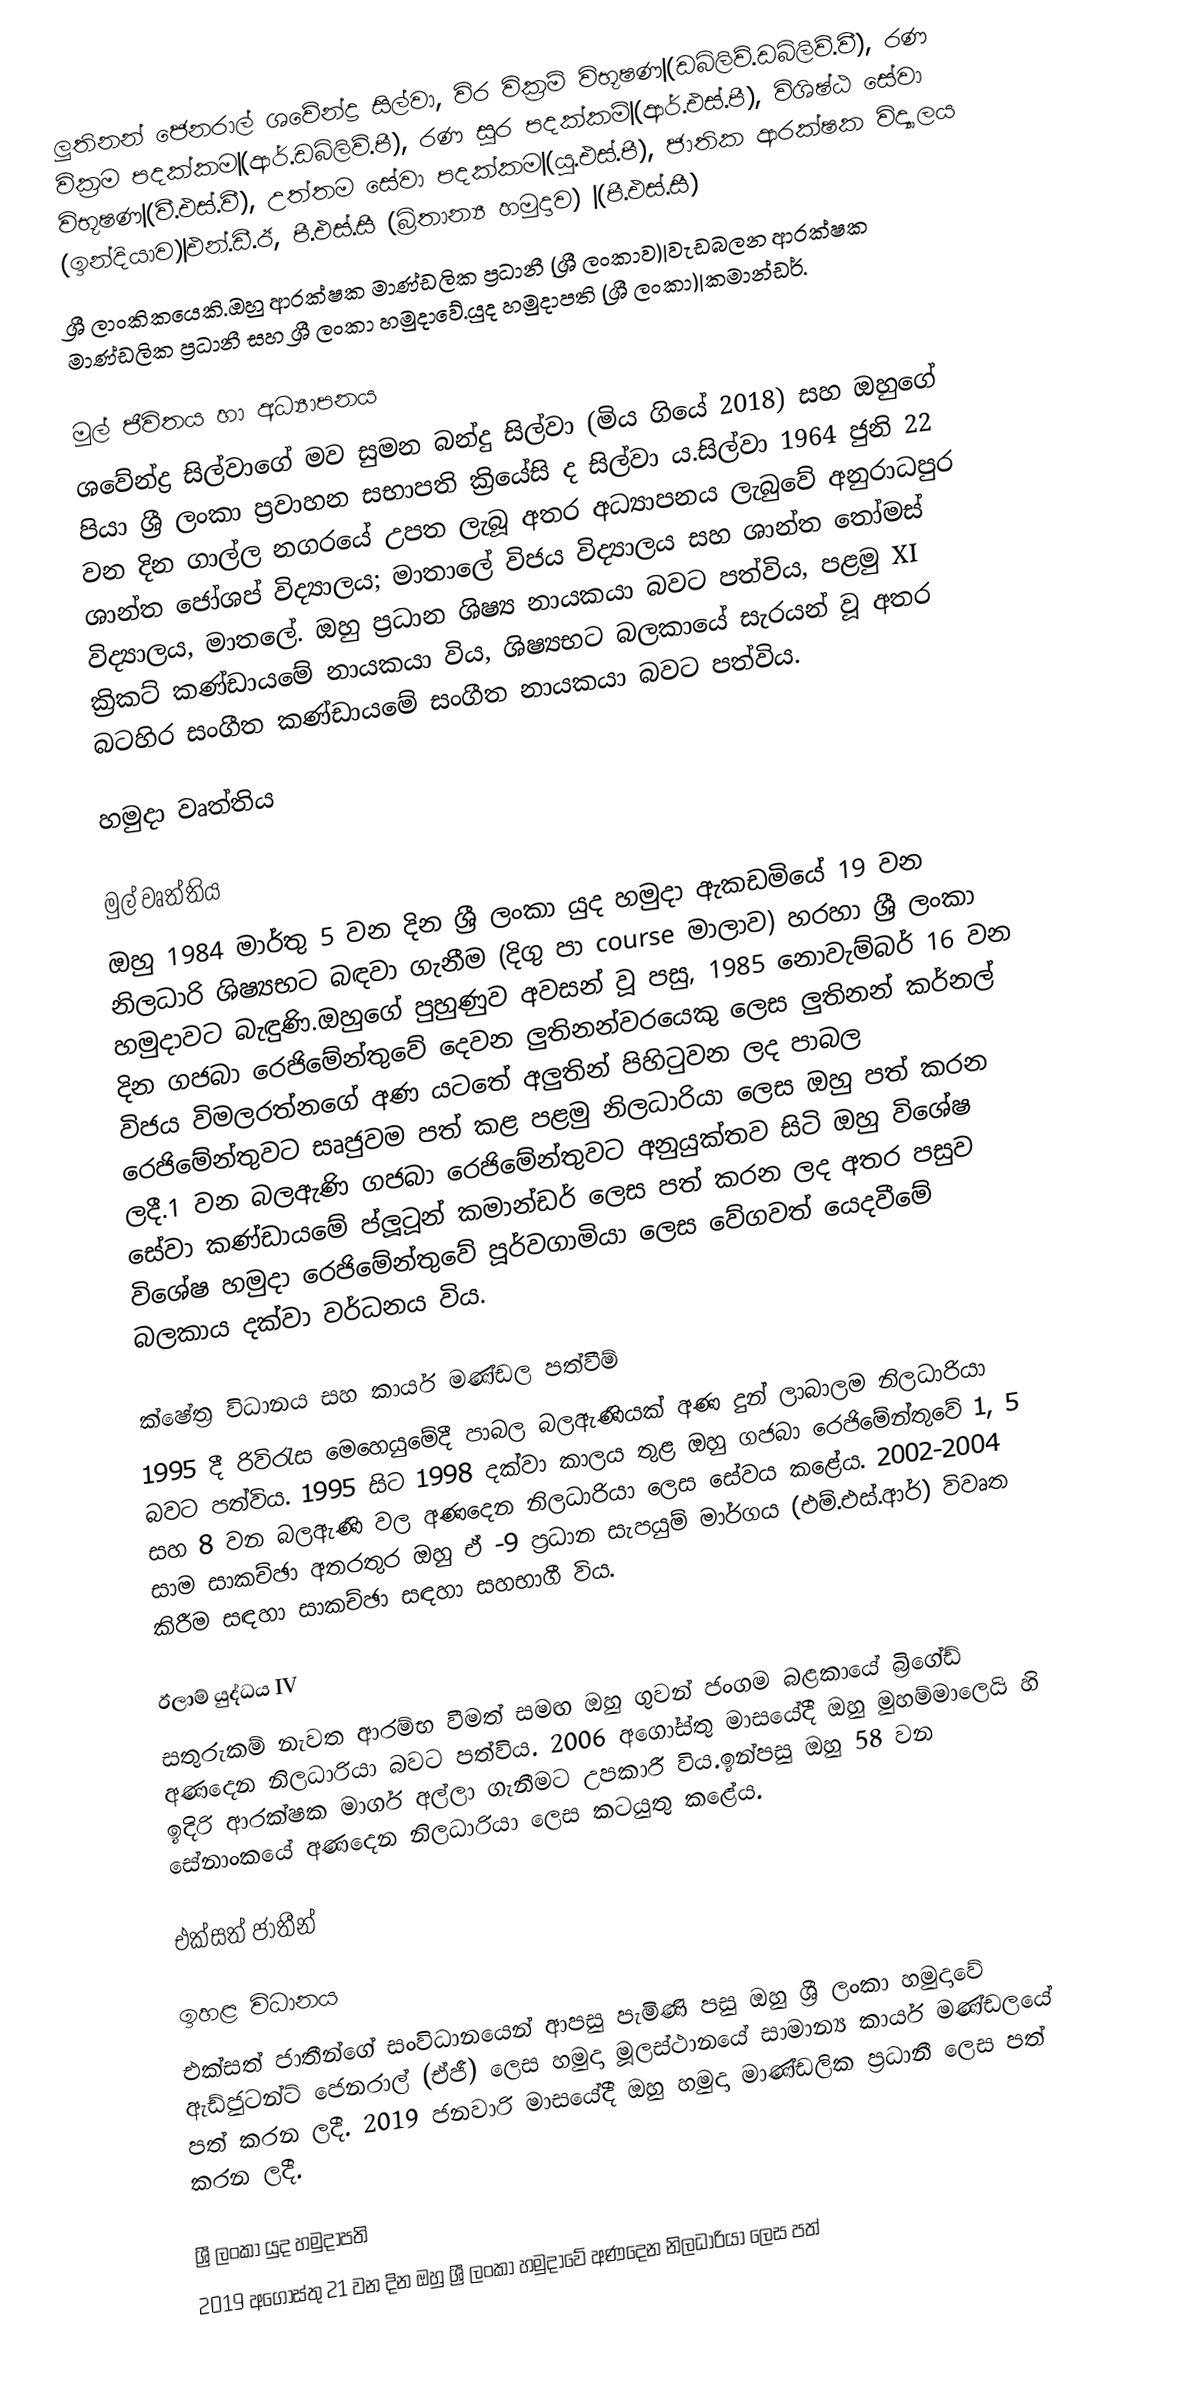
ලුතිනන් ජෙනරාල් ශවේන්ද්‍ර සිල්වා, විර වික්‍රම් විභූෂණ|(ඩබ්ලිව්.ඩබ්ලිව්.වී), රණ වික්‍රම පදක්කම|(ආර්.ඩබ්ලිව්.පී), රණ සූර පදක්කම්|(ආර්.එස්.පී), විශිෂ්ඨ සේවා විභූෂණ|(වී.එස්.වී), උත්තම සේවා පදක්කම|(යූ.එස්.පී), ජාතික ආරක්ෂක විද්‍යාලය (ඉන්දියාව)|එන්.ඩී.ඊ, පී.එස්.සී (බ්‍රිතාන්‍ය හමුදාව) |(පී.එස්.සී)
ශ්‍රී ලාංකිකයෙකි.ඔහු ආරක්ෂක මාණ්ඩලික ප්‍රධානී (ශ්‍රී ලංකාව)|වැඩබලන ආරක්ෂක මාණ්ඩලික ප්‍රධානී සහ ශ්‍රී ලංකා හමුදාවේ.යුද හමුදාපති (ශ්‍රී ලංකා)|කමාන්ඩර්.

මුල් ජීවිතය හා අධ්‍යාපනය
ශවේන්ද්‍ර සිල්වාගේ මව සුමන බන්දු සිල්වා (මිය ගියේ 2018) සහ ඔහුගේ පියා ශ්‍රී ලංකා ප්‍රවාහන සභාපති ක්‍රියේසි ද සිල්වා ය.සිල්වා 1964 ජුනි 22 වන දින ගාල්ල නගරයේ උපත ලැබූ අතර අධ්‍යාපනය ලැබුවේ අනුරාධපුර ශාන්ත ජෝශප් විද්‍යාලය; මාතාලේ විජය විද්‍යාලය සහ ශාන්ත තෝමස් විද්‍යාලය, මාතලේ. ඔහු ප්‍රධාන ශිෂ්‍ය නායකයා බවට පත්විය, පළමු XI ක්‍රිකට් කණ්ඩායමේ නායකයා විය, ශිෂ්‍යභට බලකායේ සැරයන් වූ අතර බටහිර සංගීත කණ්ඩායමේ සංගීත නායකයා බවට පත්විය.

හමුදා වෘත්තිය

මුල් වෘත්තිය
ඔහු 1984 මාර්තු 5 වන දින ශ්‍රී ලංකා යුද හමුදා ඇකඩමියේ 19 වන නිලධාරි ශිෂ්‍යභට බඳවා ගැනීම (දිගු පා course මාලාව) හරහා ශ්‍රී ලංකා හමුදාවට බැඳුණි.ඔහුගේ පුහුණුව අවසන් වූ පසු, 1985 නොවැම්බර් 16 වන දින ගජබා රෙජිමේන්තුවේ දෙවන ලුතිනන්වරයෙකු ලෙස ලුතිනන් කර්නල් විජය විමලරත්නගේ අණ යටතේ අලුතින් පිහිටුවන ලද පාබල රෙජිමේන්තුවට සෘජුවම පත් කළ පළමු නිලධාරියා ලෙස ඔහු පත් කරන ලදී.1 වන බලඇණි ගජබා රෙජිමේන්තුවට අනුයුක්තව සිටි ඔහු විශේෂ සේවා කණ්ඩායමේ ප්ලූටූන් කමාන්ඩර් ලෙස පත් කරන ලද අතර පසුව විශේෂ හමුදා රෙජිමේන්තුවේ පූර්වගාමියා ලෙස වේගවත් යෙදවීමේ බලකාය දක්වා වර්ධනය විය.

ක්ෂේත්‍ර විධානය සහ කාර්ය මණ්ඩල පත්වීම්
1995 දී රිවිරැස මෙහෙයුමේදී පාබල බලඇණියක් අණ දුන් ලාබාලම නිලධාරියා බවට පත්විය. 1995 සිට 1998 දක්වා කාලය තුළ ඔහු ගජබා රෙජිමේන්තුවේ 1, 5 සහ 8 වන බලඇණි වල අණදෙන නිලධාරියා ලෙස සේවය කළේය. 2002-2004 සාම සාකච්ඡා අතරතුර ඔහු ඒ -9 ප්‍රධාන සැපයුම් මාර්ගය (එම්.එස්.ආර්) විවෘත කිරීම සඳහා සාකච්ඡා සඳහා සහභාගී විය.

ඊලාම් යුද්ධය IV
සතුරුකම් නැවත ආරම්භ වීමත් සමඟ ඔහු ගුවන් ජංගම බළකායේ බ්‍රිගේඩ් අණදෙන නිලධාරියා බවට පත්විය. 2006 අගෝස්තු මාසයේදී ඔහු මුහම්මාලෙයි හි ඉදිරි ආරක්ෂක මාර්ග අල්ලා ගැනීමට උපකාරී විය.ඉන්පසු ඔහු 58 වන සේනාංකයේ අණදෙන නිලධාරියා ලෙස කටයුතු කළේය.

එක්සත් ජාතීන්

ඉහළ විධානය
එක්සත් ජාතීන්ගේ සංවිධානයෙන් ආපසු පැමිණි පසු ඔහු ශ්‍රී ලංකා හමුදාවේ ඇඩ්ජුටන්ට් ජෙනරාල් (ඒජී) ලෙස හමුදා මූලස්ථානයේ සාමාන්‍ය කාර්ය මණ්ඩලයේ පත් කරන ලදී. 2019 ජනවාරි මාසයේදී ඔහු හමුදා මාණ්ඩලික ප්‍රධානී ලෙස පත් කරන ලදී.

ශ්‍රී ලංකා යුද හමුදාපති
2019 අගෝස්තු 21 වන දින ඔහු ශ්‍රී ලංකා හමුදාවේ අණදෙන නිලධාරියා ලෙස පත්